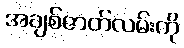
အချစ်ဇာတ်လမ်းကို